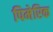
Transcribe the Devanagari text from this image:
पिमेरिक